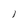
Character: 1